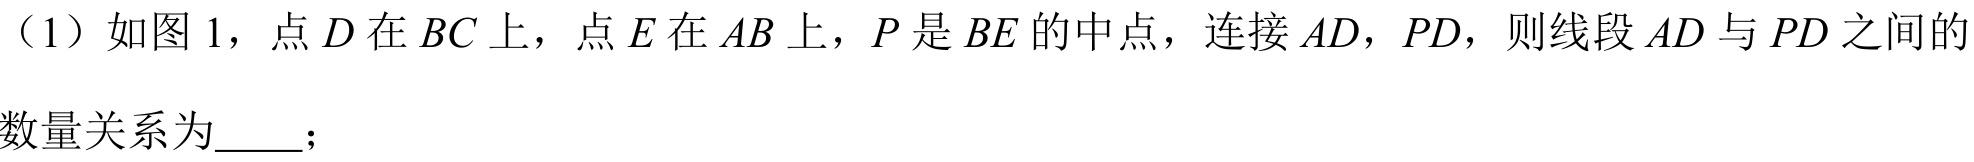
（1）如图 1，点\(D\)在\(BC\)上，点\(E\)在\(AB\)上，\(P\)是\(BE\)的中点，连接\(AD\)，\(PD\)，则线段\(AD\)与\(PD\)之间的数量关系为  ；